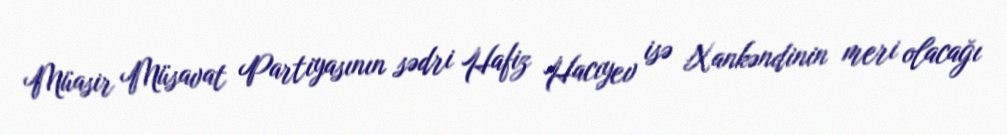
Müasir Müsavat Partiyasının sədri Hafiz Hacıyev isə Xankəndinin meri olacağı